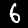
Label: 6